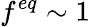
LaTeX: f^{eq}\sim 1